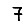
Digit: 7